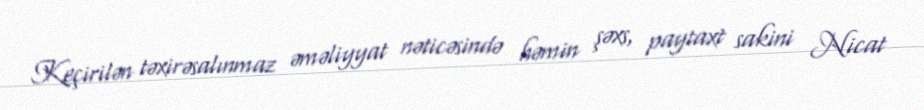
Keçirilən təxirəsalınmaz əməliyyat nəticəsində həmin şəxs, paytaxt sakini Nicat